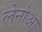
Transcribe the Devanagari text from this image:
लेनोआ